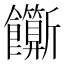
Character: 𬲣